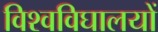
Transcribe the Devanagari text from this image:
विश्वविघालयों